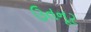
ઉતનૂર